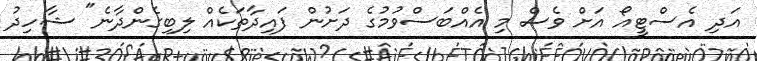
އަދި އެސްޓީއޯ އަށް ވެސް މި އެއްބަސްވުމުގެ ދަށުން ފައިދާތަކެއް ލިބިގެންދާނެ" ޝާހިދު